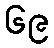
၆၉